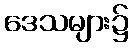
ဒေသများ၌